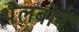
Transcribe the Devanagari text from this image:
थैलबोर्न